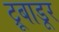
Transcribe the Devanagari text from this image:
ट्रूबाडूर